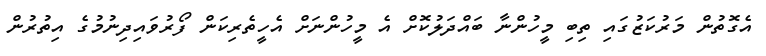
އެގޮތުން މަރުކަޒުގައި ތިބި މީހުންނާ ބައްދަލުކޮށް އެ މީހުންނަށް އެހީތެރިކަން ފޯރުވައިދިނުމުގެ އިތުރުން